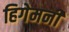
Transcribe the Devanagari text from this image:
हिगेमनी